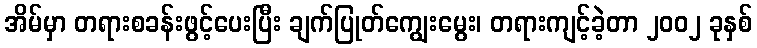
အိမ်မှာ တရားစခန်းဖွင့်ပေးပြီး ချက်ပြုတ်ကျွေးမွေး၊ တရားကျင့်ခဲ့တာ ၂၀၀၂ ခုနှစ်